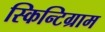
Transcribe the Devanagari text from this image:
स्किन्टिग्राम